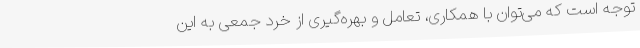
توجه است که می‌توان با همکاری، تعامل و بهره‌گیری از خرد جمعی به این